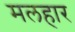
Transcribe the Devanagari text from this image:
मलहार